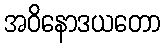
အဝိနောဒယတော